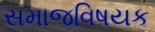
સમાજવિષયક